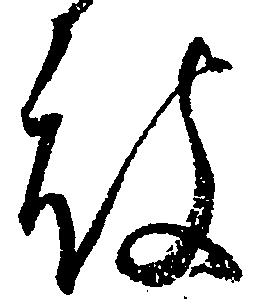
被